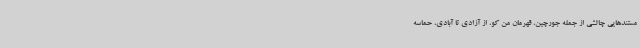
مستندهایی چالشی از جمله جورچین، قهرمان من کو، از آزادی تا آبادی، حماسه